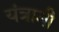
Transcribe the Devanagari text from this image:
यंत्रानी